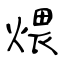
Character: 煨